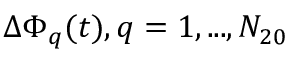
\Delta \Phi _ { q } ( t ) , q = 1 , . . . , N _ { 2 0 }